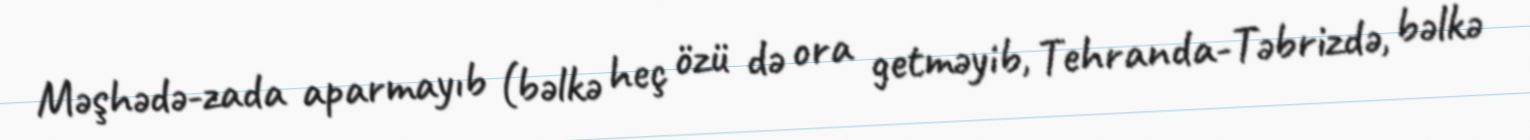
Məşhədə-zada aparmayıb (bəlkə heç özü də ora getməyib, Tehranda-Təbrizdə, bəlkə